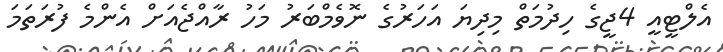
އެލްޓީއީ 4ޖީގެ ހިދުމަތް މިދިޔަ އަހަރުގެ ނޮވެމްބަރު މަހު ރާއްޖެއަށް އެންމެ ފުރަތަމަ